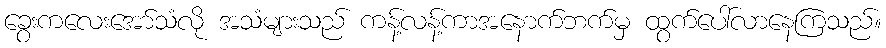
ခွေးကလေးအော်သံလို အသံများသည် ကန့်လန့်ကာအနောက်ဘက်မှ ထွက်ပေါ်လာနေကြသည်။